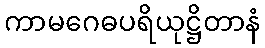
ကာမဂေဓပရိယုဋ္ဌိတာနံ